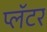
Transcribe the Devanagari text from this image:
प्लॅटर